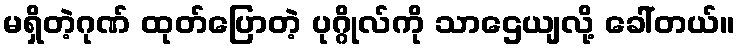
မရှိတဲ့ဂုဏ် ထုတ်ပြောတဲ့ ပုဂ္ဂိုလ်ကို သာဌေယျလို့ ခေါ်တယ်။